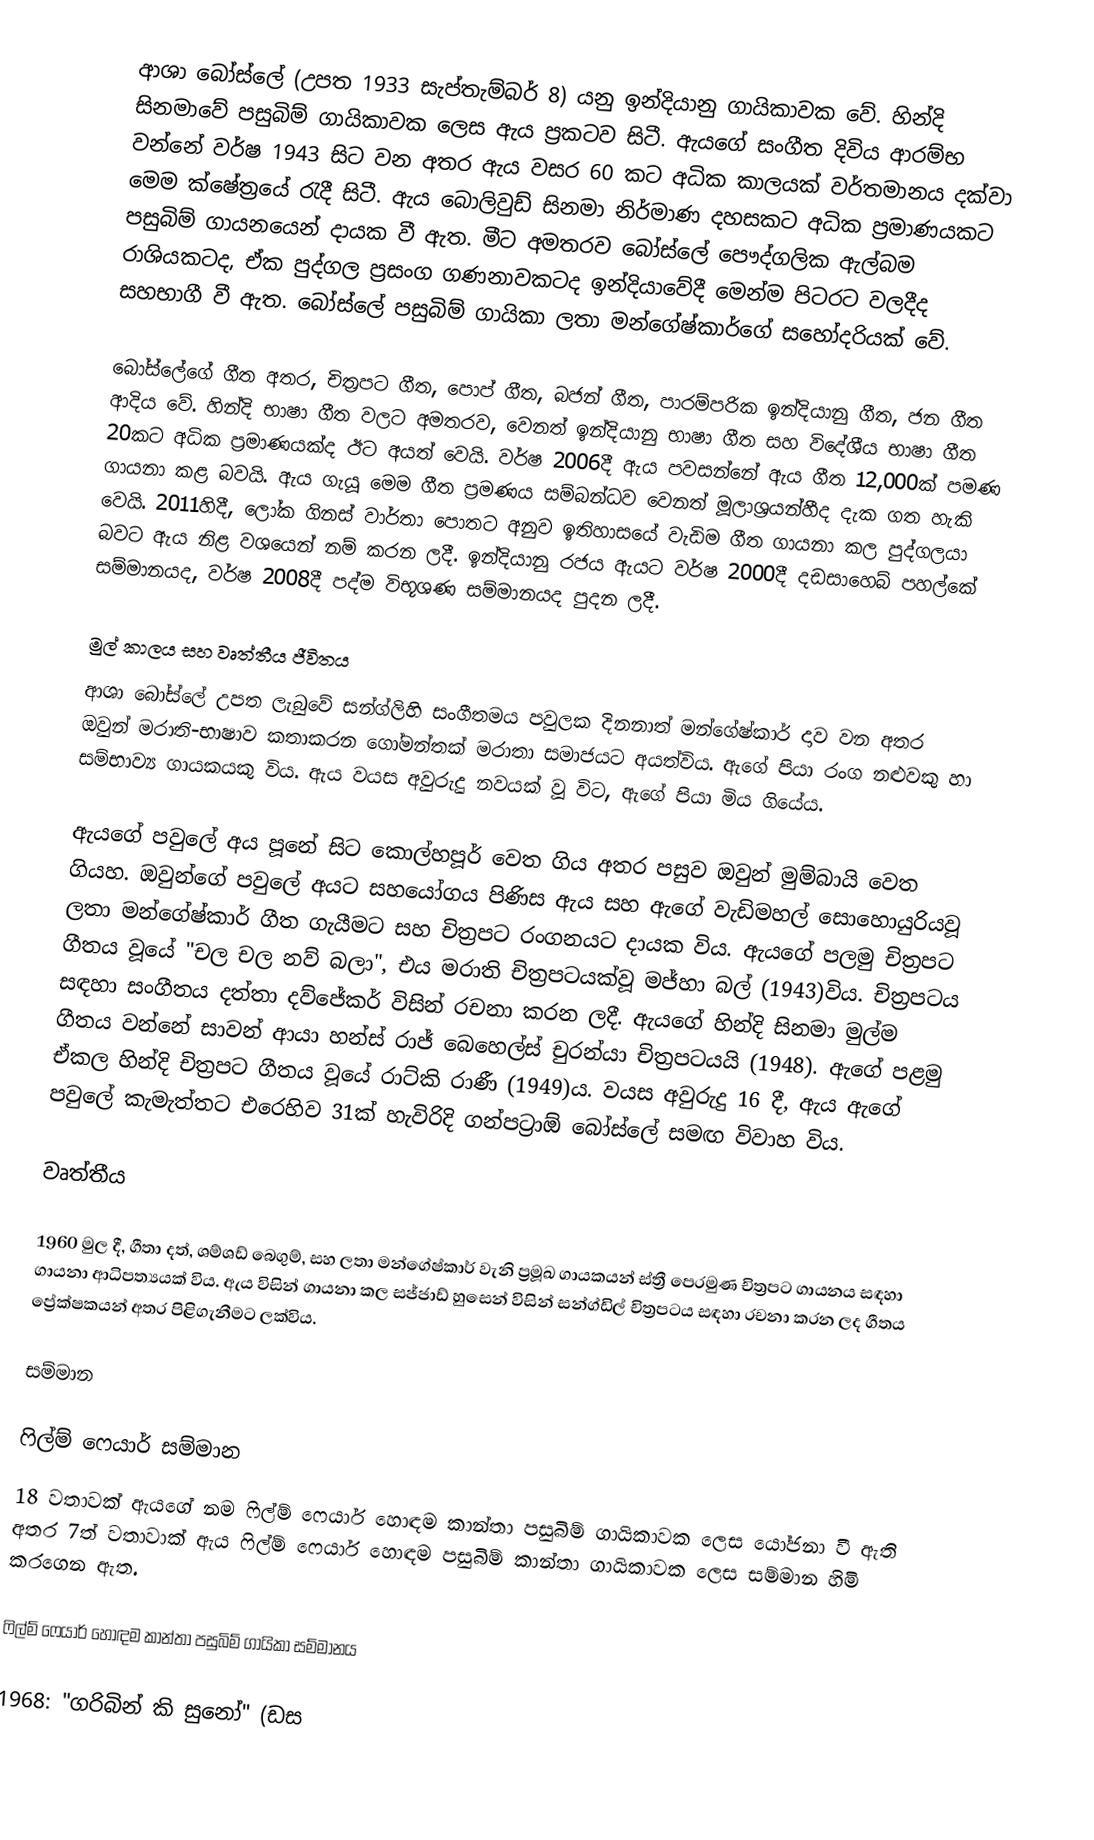
ආශා බෝස්ලේ (උපත 1933 සැප්තැම්බර් 8) යනු ඉන්දියානු ගායිකාවක වේ. හින්දි සිනමාවේ පසුබිම් ගායිකාවක ලෙස ඇය ප්‍රකටව සිටී. ඇයගේ සංගීත දිවිය ආරම්භ වන්නේ වර්ෂ 1943 සිට වන අතර ඇය වසර 60 කට අධික කාලයක් වර්තමානය දක්වා මෙම ක්ෂේත්‍රයේ රැදී සිටී. ඇය බොලිවුඩ් සිනමා නිර්මාණ දහසකට අධික ප්‍රමාණයකට පසුබිම් ගායනයෙන් දායක වී ඇත. මීට අමතරව බෝස්ලේ පෞද්ගලික ඇල්බම රාශියකටද, ඒක පුද්ගල ප්‍රසංග ගණනාවකටද ඉන්දියාවේදී මෙන්ම පිටරට වලදීද සහභාගී වී ඇත. බෝස්ලේ පසුබිම් ගායිකා ලතා මන්ගේෂ්කාර්ගේ සහෝදරියක් වේ.

බෝස්ලේගේ ගීත අතර, චිත්‍රපට ගීත, පොප් ගීත, බජන් ගීත, පාරම්පරික ඉන්දියානු ගීත, ජන ගීත ආදිය වේ. හින්දි භාෂා ගීත වලට අමතරව, වෙනත් ඉන්දියානු භාෂා ගීත සහ විදේශීය භාෂා ගීත 20කට අධික ප්‍රමාණයක්ද ඊට අයත් වෙයි. වර්ෂ 2006දී ඇය පවසන්නේ ඇය ගීත 12,000ක් පමණ ගායනා කළ බවයි. ඇය ගැයූ මෙම ගීත ප්‍රමණය සම්බන්ධව වෙනත් මූලාශ්‍රයන්හීද දැක ගත හැකි වෙයි. 2011හිදී, ලෝක ගිනස් වාර්තා පොතට අනුව ඉතිහාසයේ වැඩිම ගීත ගායනා කල පුද්ගලයා බවට ඇය නිළ වශයෙන් නම් කරන ලදී. ඉන්දියානු රජය ඇයට වර්ෂ 2000දී දඩසාහෙබ් පහල්කේ සම්මානයද, වර්ෂ 2008දී පද්ම විභූශණ සම්මානයද පුදන ලදී.

මුල් කාලය සහ වෘත්තීය ජීවිතය
ආශා බෝස්ලේ උපත ලැබුවේ සන්ග්ලිහි සංගීතමය පවුලක දිනනාත් මන්ගේෂ්කාර් දාව වන අතර ඔවුන් මරාති-භාෂාව කතාකරන ගෝමන්තක් මරාතා සමාජයට අයත්විය. ඇගේ පියා රංග නළුවකු හා සම්භාව්‍ය ගායකයකු විය. ඇය වයස අවුරුදු නවයක් වූ විට, ඇගේ පියා මිය ගියේය.

ඇයගේ පවුලේ අය පූනේ සිට කොල්හපූර් වෙත ගිය අතර පසුව ඔවුන් මුම්බායි වෙත ගියහ. ඔවුන්ගේ පවුලේ අයට සහයෝගය පිණිස ඇය සහ ඇගේ වැඩිමහල් සොහොයුරියවූ ලතා මන්ගේෂ්කාර් ගීත ගැයීමට සහ චිත්‍රපට රංගනයට දායක විය. ඇයගේ පලමු චිත්‍රපට ගීතය වූයේ "චල චල නව් බලා", එය මරාති චිත්‍රපටයක්වූ මජ්හා බල් (1943)විය. චිත්‍රපටය සඳහා සංගීතය දත්තා දව්ජේකර් විසින් රචනා කරන ලදී. ඇයගේ හින්දි සිනමා මුල්ම ගීතය වන්නේ සාවන් ආයා හන්ස් රාජ් බෙහෙල්ස් චුරන්යා චිත්‍රපටයයි (1948). ඇගේ පළමු ඒකල හින්දි චිත්‍රපට ගීතය වූයේ රාට්කි රාණී (1949)ය. වයස අවුරුදු 16 දී, ඇය ඇගේ පවුලේ කැමැත්තට එරෙහිව 31ක් හැවිරිදි ගන්පට්‍රාඕ බෝස්ලේ සමඟ විවාහ විය.

වෘත්තීය

1960 මුල දී, ගීතා දත්, ශම්ශඩ් බෙගුම්, සහ ලතා මන්ගේෂ්කාර් වැනි ප්‍රමූඛ ගායකයන් ස්ත්‍රී පෙරමුණ චිත්‍රපට ගායනය සඳහා ගායනා ආධිපත්‍යයක් විය. ඇය විසින් ගායනා කල සජ්ජාඩ් හුසෙන් විසින් සන්ග්ඩිල් චිත්‍රපටය සඳහා රචනා කරන ලද ගීතය ප්‍රේක්ෂකයන් අතර පිළිගැනීමට ලක්විය.

සම්මාන

ෆිල්ම් ෆෙයාර් සම්මාන
18 වතාවක් ඇයගේ නම ෆිල්ම් ෆෙයාර් හොඳම කාන්තා පසුබිම් ගායිකාවක ලෙස යෝජනා වී ඇති අතර 7ත් වතාවාක් ඇය ෆිල්ම් ෆෙයාර් හොඳම පසුබිම් කාන්තා ගායිකාවක ලෙස සම්මාන හිමි කරගෙන ඇත.

ෆිල්ම් ෆෙයාර් හොඳම කාන්තා පසුබිම් ගායිකා සම්මානය

 1968:  "ගරිබින් කි සුනෝ" (ඩස